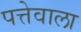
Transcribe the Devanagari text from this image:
पत्तेवाला